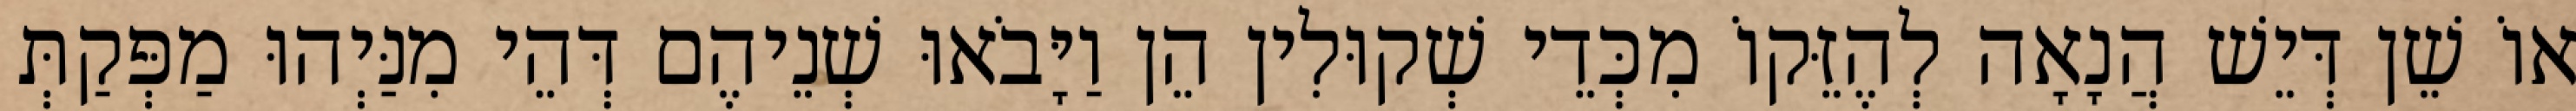
אוֹ שֵׁן דְּיֵשׁ הֲנָאָה לְהֶזֵּקוֹ מִכְּדֵי שְׁקוּלִין הֵן וַיָּבֹאוּ שְׁנֵיהֶם דְּהֵי מִנַּיְהוּ מַפְּקַתְּ